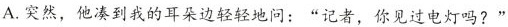
A.突然，他凑到我的耳朵边轻轻地问：”记者，你见过电灯吗?”